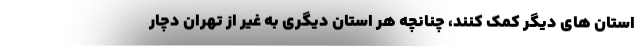
استان های دیگر کمک کنند، چنانچه هر استان دیگری به غیر از تهران دچار